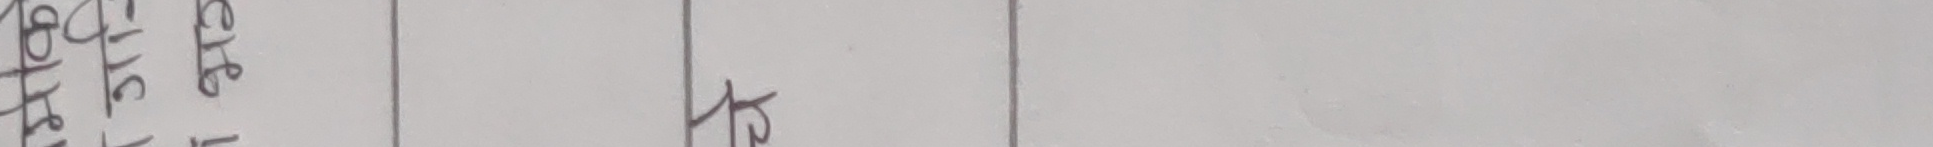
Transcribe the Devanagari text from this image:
12 भोटेगि